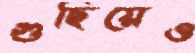
গুছিয়েও